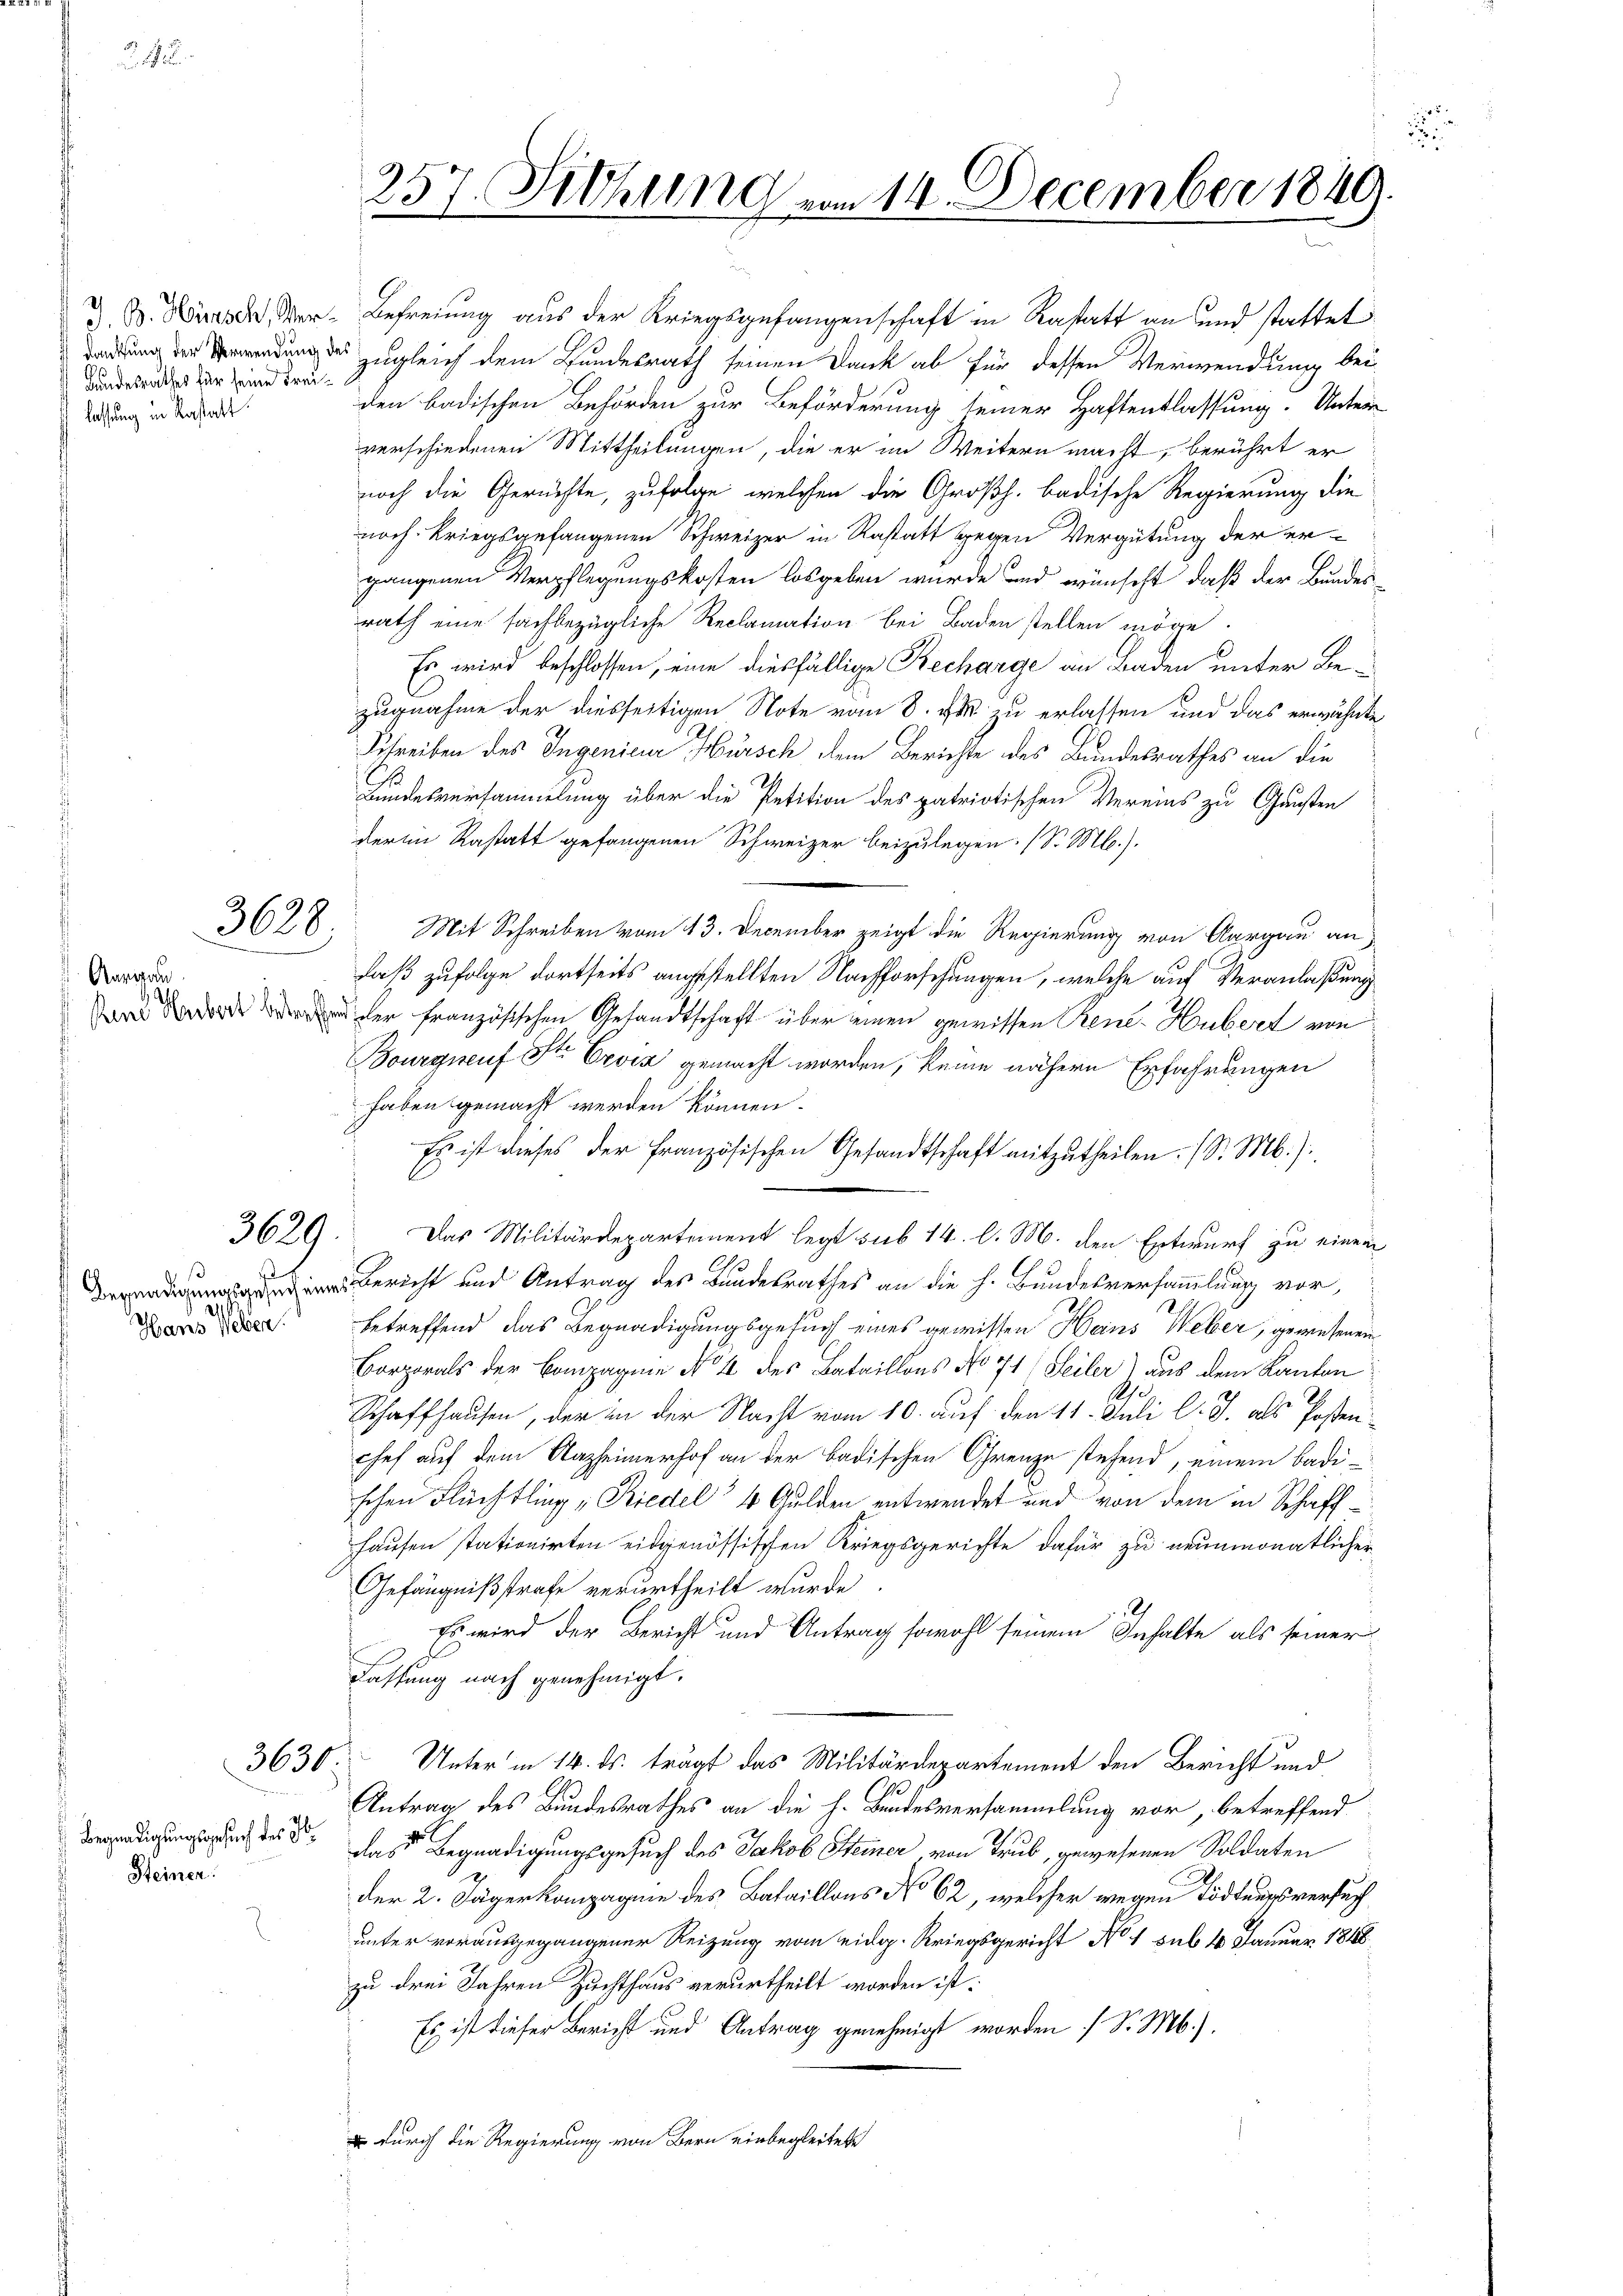
Bandesrathes für seine Freilassung in Kastatt

Aargau.
kend Herbert betreffe

Hans Weber.

3628.

3629

3636.

Begnadigungsgesuch des H.
Steiner

noch Kriegsgefangenen Schweizer in Restatt gegen Vergütung der ergangenen Verpflegungskosten losgeben wurde und wünscht, daß der Bundes-
rath eine sachbezügliche Reclamation bei Baden stellen möge.
Es wird beschlossen, eine diesfällige Recharge an Baden unter Bezugnahme der diesseitigen Note vom 8. Fr. zu erlassen und das erwähnte
Schreiben des Ingenieur Hürsch dem Berichte des Bundesrathes an die
Bundesversammelung über die Petition des patriotischen Vereins zu Gunsten
derin Rastatt gefangenen Schweizer beizulegen. (S. M.).
Mit Schreiben vom 13. December zeigt die Regierung von Aargau an
laß zufolge dortseits angestellten Nachforschungen, welche auf Veranlaßung
 der Französischen Gesandtschaft über einen gewissen René-Hubert von
Bourgneuf St. Cevia gemacht worden, keine nähern Erfahrungen
haben gemacht werden können.
Es ist dieses der französischen Gesandtschaft mitzutheilen. (S. M.)
Das Militärdepartement legt sub 14. l. M. den Entwurf zu einem
Gericht und Antrag des Bundesrathes an die h. Bundesversammlung vor,
betreffend das Begnadigungsgesuch eines gewissen Heins Weber, gewesenen
Borporals der Compagnie No 4 des Bataillons No 71) Seiler) aus dem Kanton
Schaffhausen, der in der Nacht vom 10. auf den 11. Juli l. J. als Posten¬
Chef auf dem Nazheimerhof an der badischen Grenze stehend, einem Badischen Flüchtling - Riedel“ 4 Gulden entwendet und von dem in Schaffhausen stationirten eidgenössischen Kriegsgerichte dafür zu neunmonatlicher
Gefängnißstrafe verurtheilt wurde.
2
Es wird der Bericht und Antrag sowohl seinem Inhalte als seiner
Fassung nach genehmigt.
Unter in 14. ds. trägt das Militärdepartement den Bericht und
Antrag des Bundesrathes an die h. Bundesversammlung vor, betreffend
das Begnadigungsgesuch des Jakob Steiner von Trub, gewesenen Soldaten
der 2. Jägerkompagnie des Bataillons No 62, welcher wegen Tödtungsversuch
unter vorausgegangener Reizung vom eidg. Kriegsgericht No 1 sub. 4. Januar 1848
zu drei Jahren Zuchthaus verurtheilt worden ist.
Es ist dieser Bericht und Antrag genehmigt worden (S. M.),
 durch die Regierung von Bern einbegleitete

Z. B. Wiese Ver- Befreiung aus der Kriegsgefangenschaft in Rastatt an und stattet
tartung der Verwendung des zugleich dem Bundesrath seinen Dank ab für dessen Verwendung bei
den badischen Behörden zur Beförderung seiner Haftentlassung. Unter
verschiedenen Mittheilungen, die er im Weitern macht, berührt er
noch die Gerichte, zufolge, welchen die Großh. badische Regierung die

257. Sitzung vom 14. December 1849.
1